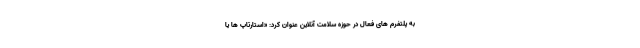
به پلتفرم های فعال در حوزه سلامت آنلاین عنوان کرد: «استارتاپ ها یا